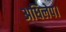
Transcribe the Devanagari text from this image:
अधिलेप।